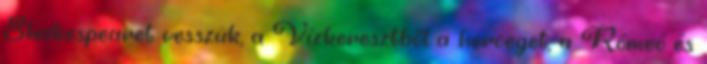
Shakespearet vesszük, a Vízkeresztből a herceget, a Rómeó és